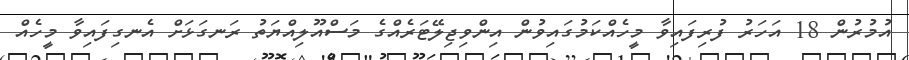
އުމުރުން 18 އަހަރު ފުރިފައިވާ މީހެއްކަމުގައިވުން އިންވިޖިލޭޓަރެއްގެ މަސްއޫލިއްޔަތު ރަނގަޅަށް އެނގިފައިވާ މީހެއް